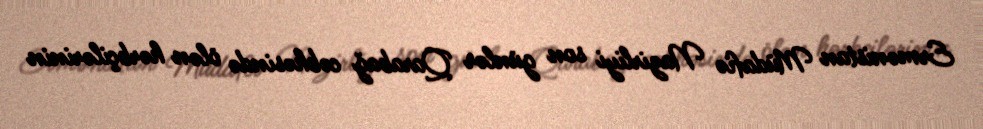
Ermənistan Müdafiə Nazirliyi son günlər Qarabağ cəbhəsində ölən hərbçilərinin